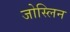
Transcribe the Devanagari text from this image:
जोस्लिन